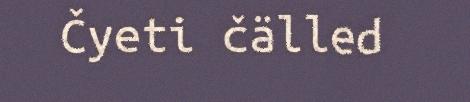
Čyeti čälled